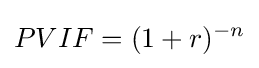
PVIF=(1+r)^{-n}